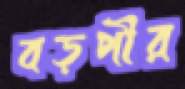
বড়পীর